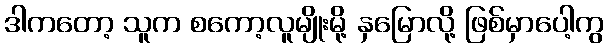
ဒါကတော့ သူက စကော့လူမျိုးမို့ နှမြောလို့ ဖြစ်မှာပေါ့ကွ